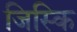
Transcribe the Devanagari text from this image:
जिस्कि